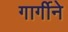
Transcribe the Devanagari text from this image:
गार्गीने